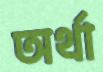
অর্থা